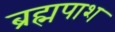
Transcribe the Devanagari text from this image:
ब्रह्मपाश